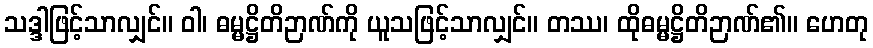
သဒ္ဒါဖြင့်သာလျှင်။ ဝါ၊ ဓမ္မဋ္ဌိတိဉာဏ်ကို ယူသဖြင့်သာလျှင်။ တဿ၊ ထိုဓမ္မဋ္ဌိတိဉာဏ်၏။ ဟေတု